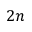
2 n